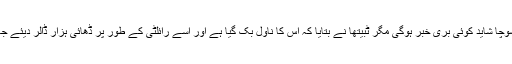
اس نے سوچا شاید کوئی بری خبر ہوگی مگر ٹبیتھا نے بتایا کہ اس کا ناول بک گیا ہے اور اسے رائلٹی کے طور پر ڈھائی ہزار ڈالر دیئے جائیں گے۔